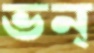
ভন্